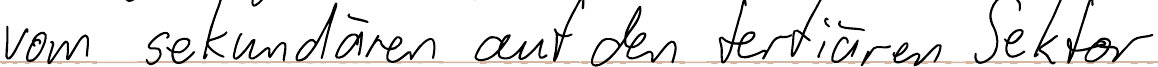
vom sekundären auf den tertiären Sektor